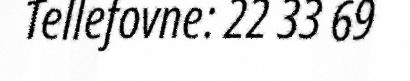
Tellefovne: 22 33 69